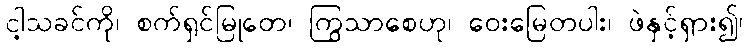
ငါ့သခင်ကို၊ စက်ရှင်မြုတေ၊ ကြွသာစေဟု၊ ဝေးမြေတပါး၊ ဖဲနှင့်ရှား၍၊